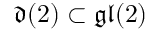
{ \mathfrak { d } } ( 2 ) \subset { \mathfrak { g l } } ( 2 )